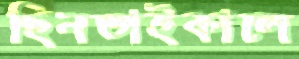
ছিনতাইকালে